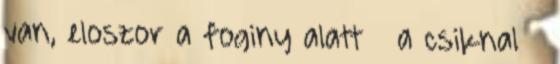
van, eloszor a foginy alatt a csiknal